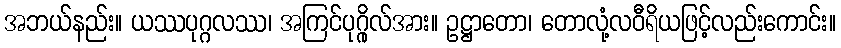
အဘယ်နည်း။ ယဿပုဂ္ဂလဿ၊ အကြင်ပုဂ္ဂိုလ်အား။ ဥဋ္ဌာတော၊ တောလုံ့လဝီရိယဖြင့်လည်းကောင်း။